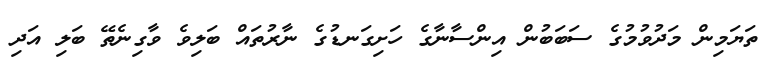
ތަޔަމިން މަދުވުމުގެ ސަބަބުން އިންސާނާގެ ހަށިގަނޑުގެ ނާރުތައް ބަލިވެ ވާގިނެތޭ ބަލި އަދި